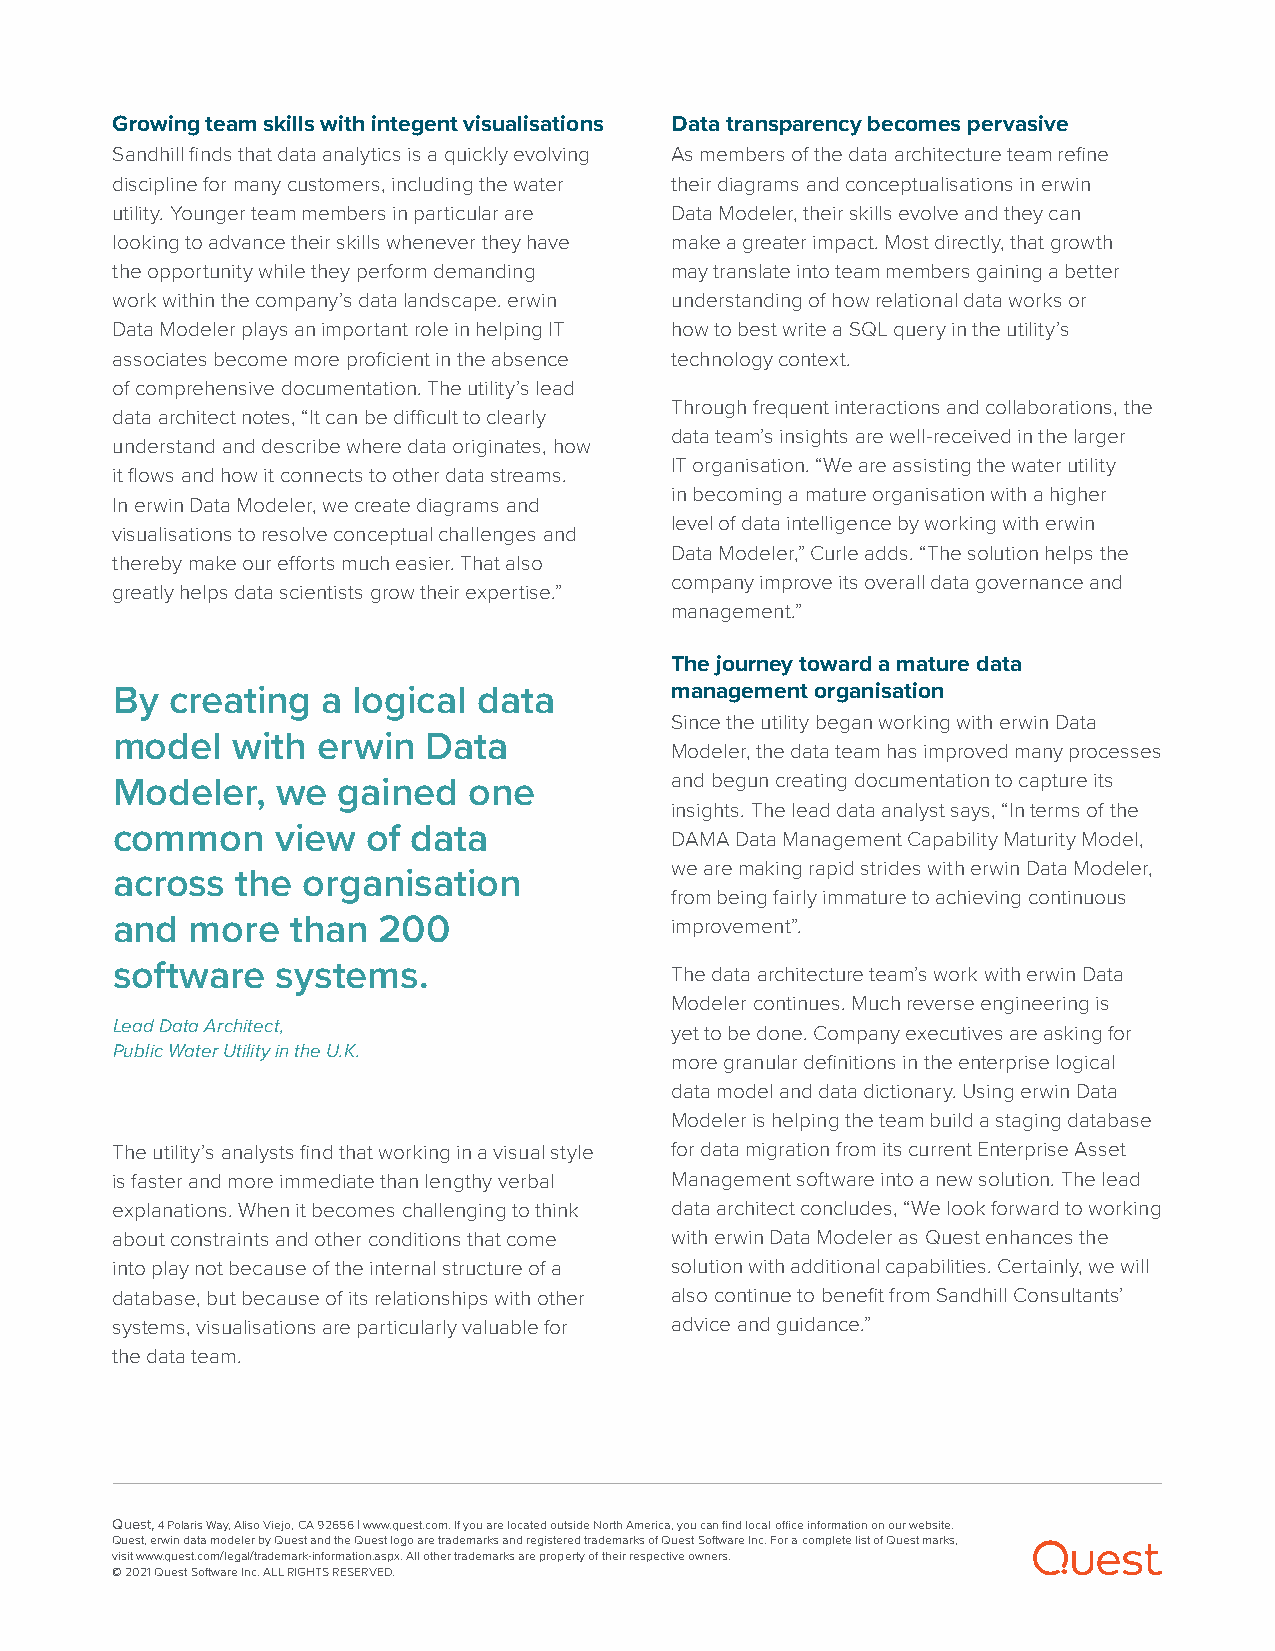
Growing team skills with integent visualisations Data transparency becomes pervasive
 Sandhill finds that data analytics is a quickly evolving As members of the data architecture team refine
 discipline for many customers, including the water their diagrams and conceptualisations in erwin
 utility. Younger team members in particular are Data Modeler, their skills evolve and they can
 looking to advance their skills whenever they have make a greater impact. Most directly, that growth
 the opportunity while they perform demanding may translate into team members gaining a better
 work within the company’s data landscape. erwin understanding of how relational data works or
 Data Modeler plays an important role in helping IT how to best write a SQL query in the utility’s
 associates become more proficient in the absence technology context.
 of comprehensive documentation. The utility’s lead
 Through frequent interactions and collaborations, the
 data architect notes, “It can be difficult to clearly
 data team’s insights are well-received in the larger
 understand and describe where data originates, how
 IT organisation. “We are assisting the water utility
 it flows and how it connects to other data streams.
 in becoming a mature organisation with a higher
 In erwin Data Modeler, we create diagrams and
 level of data intelligence by working with erwin
 visualisations to resolve conceptual challenges and
 Data Modeler,” Curle adds. “The solution helps the
 thereby make our efforts much easier. That also
 company improve its overall data governance and
 greatly helps data scientists grow their expertise.”
 management.”
 The journey toward a mature data
 “
 By  creating  a logical  data        management organisation
 Since the utility began working with erwin Data
 model   with  erwin  Data
 Modeler, the data team has improved many processes
 and begun creating documentation to capture its
 Modeler,   we  gained   one
 insights. The lead data analyst says, “In terms of the
 common     view  of data             DAMA Data Management Capability Maturity Model,
 we are making rapid strides with erwin Data Modeler,
 across   the organisation
 from being fairly immature to achieving continuous
 and   more  than  200                improvement”.
 software   syste”ms.                 The data architecture team’s work with erwin Data
 Modeler continues. Much reverse engineering is
 Lead Data Architect,                 yet to be done. Company executives are asking for
 Public Water Utility in the U.K.
 more granular definitions in the enterprise logical
 data model and data dictionary. Using erwin Data
 Modeler is helping the team build a staging database
 The utility’s analysts find that working in a visual style for data migration from its current Enterprise Asset
 is faster and more immediate than lengthy verbal Management software into a new solution. The lead
 explanations. When it becomes challenging to think data architect concludes, “We look forward to working
 about constraints and other conditions that come with erwin Data Modeler as Quest enhances the
 into play not because of the internal structure of a solution with additional capabilities. Certainly, we will
 database, but because of its relationships with other also continue to benefit from Sandhill Consultants’
 systems, visualisations are particularly valuable for advice and guidance.”
 the data team.
 Quest, 4 Polaris Way, Aliso Viejo, CA 92656 | www.quest.com. If you are located outside North America, you can find local office information on our website.
 Quest, erwin data modeler by Quest and the Quest logo are trademarks and registered trademarks of Quest Software Inc. For a complete list of Quest marks,
 visit www.quest.com/legal/trademark-information.aspx. All other trademarks are property of their respective owners.
 © 2021 Quest Software Inc. ALL RIGHTS RESERVED.